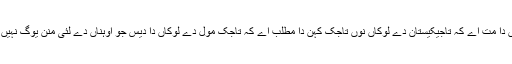
اوہناں دا مت اے کہ تاجیکیستان دے لوکاں نوں تاجک کہن دا مطلب اے کہ تاجک مول دے لوکاں دا دیس جو اوہناں دے لئی منن یوگ نہیں اے ۔